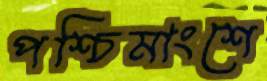
পশ্চিমাংশে